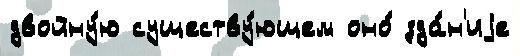
двойну́ю существу́ющем оно́ зда́н'иjе